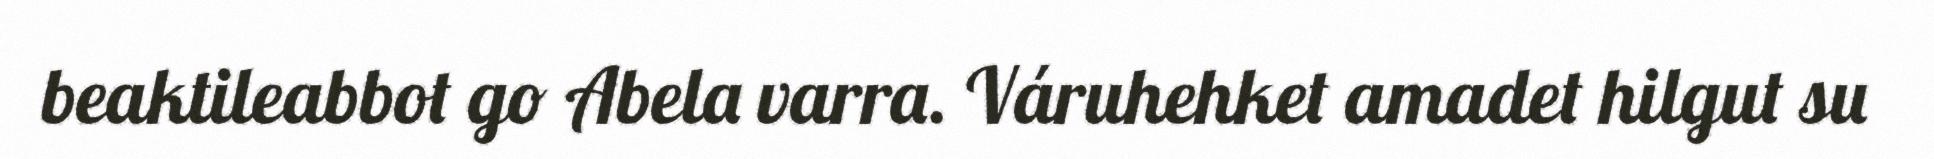
beaktileabbot go Abela varra. Váruhehket amadet hilgut su